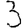
Digit: 3